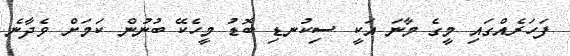
ފަހަރެއްގައި މީގެ މާނަ އަކީ ސިކުނޑި ބޮޑު މީހެކޭ ބުނުން ކަމަށް ވެދާނެ